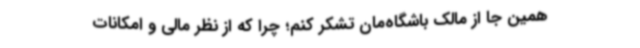
همین جا از مالک باشگاه‌مان تشکر کنم؛ چرا که از نظر مالی و امکانات